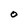
Character: O